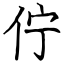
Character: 佇